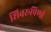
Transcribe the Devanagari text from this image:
शिवरूपिणी